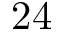
2 4